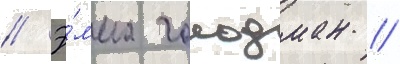
// Э́мма гольдман //